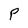
Character: P